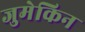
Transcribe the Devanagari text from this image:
जुमेकिन